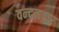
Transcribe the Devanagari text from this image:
वन्‍दनवार